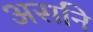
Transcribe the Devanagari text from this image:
असनि